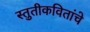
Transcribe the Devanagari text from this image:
स्तुतीकवितांचे